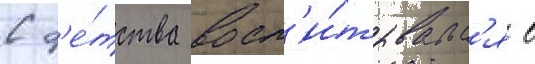
С д'е́тства восп'и́тывалс'я в